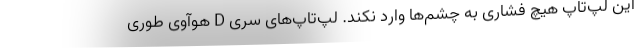
این لپ‌تاپ هیچ فشاری به چشم‌ها وارد نکند. لپ‌تاپ‌های سری D هوآوی طوری